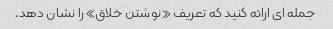
جمله ای ارائه کنید که تعریف «نوشتن خلاق» را نشان دهد.